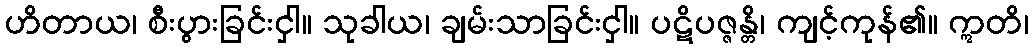
ဟိတာယ၊ စီးပွားခြင်းငှါ။ သုခါယ၊ ချမ်းသာခြင်းငှါ။ ပဋိပဇ္ဇန္တိ၊ ကျင့်ကုန်၏။ ဣတိ၊